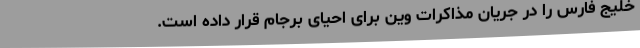
خلیج فارس را در جریان مذاکرات وین برای احیای برجام قرار داده است‌.